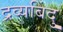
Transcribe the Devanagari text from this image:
द्रव्यबिंदु